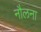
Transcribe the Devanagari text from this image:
नौलना